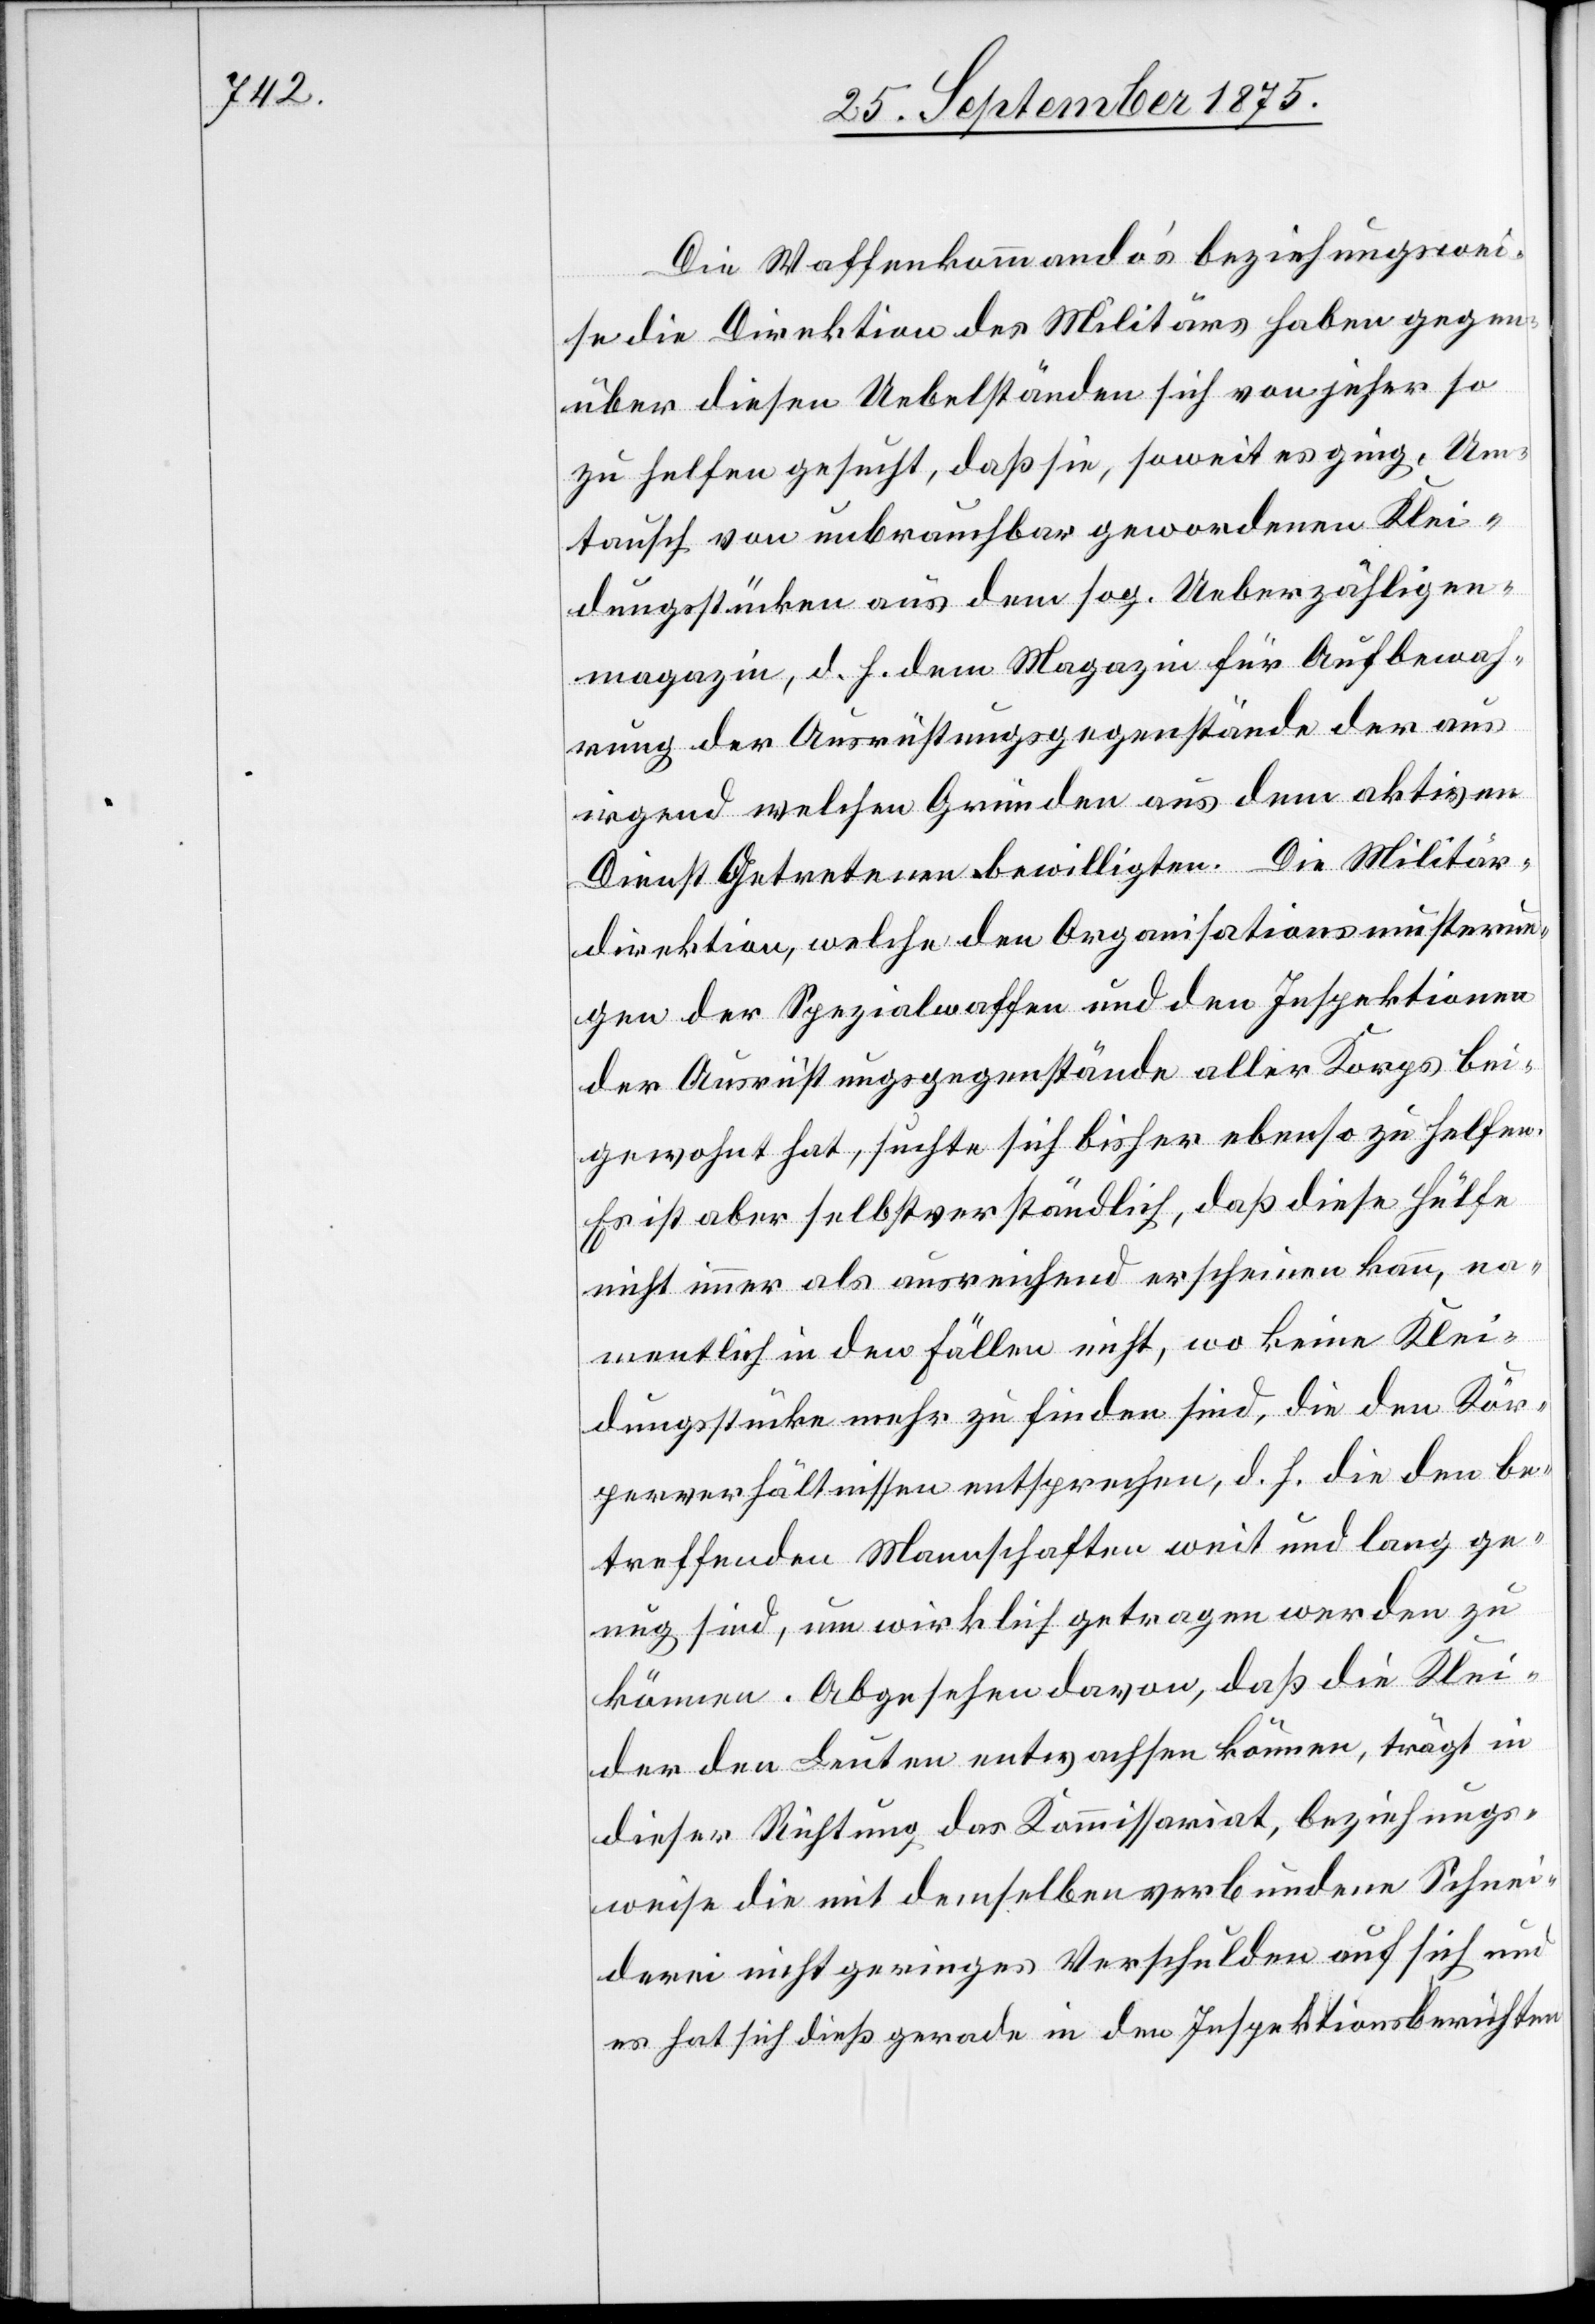
Die Waffenkommando’s beziehungswei¬
se die Direktion des Militärs haben gegen¬
über diesen Uebelständen sich von jeher so
zu helfen gesucht, daß sie, soweit es ging, Um¬
tausch von unbrauchbar gewordenen Klei¬
dungsstücken aus dem sog. Ueberzähligen¬
magazin, d. h. dem Magazin für Aufbewah¬
rung der Ausrüstungsgegenstände der aus
irgend welchen Gründen aus dem aktiven
Dienst Getretenen bewilligten. Die Militär¬
direktion, welche den Organisationsmusterun¬
gen der Spezialwaffen und den Inspektionen
der Ausrüstungsgegenstände aller Korps bei¬
gewohnt hat, suchte sich bisher ebenso zu helfen.
Es ist aber selbstverständlich, daß diese Hülfe
nicht immer als ausreichend erscheinen kann, na¬
mentlich in den Fällen nicht, wo keine Klei¬
dungsstücke mehr zu finden sind, die den Kör¬
perverhältnissen entsprechen, d. h. die den be¬
treffenden Mannschaften weit und lang ge¬
nug sind, um wirklich getragen werden zu
können. Abgesehen davon, daß die Klei¬
der den Leuten entwachsen können, trägt in
dieser Richtung das Kommissariat, beziehungs¬
weise die mit demselben verbundene Schnei¬
derei nicht geringes Verschulden auf sich und
es hat sich dieß gerade in den Inspektionsberichten